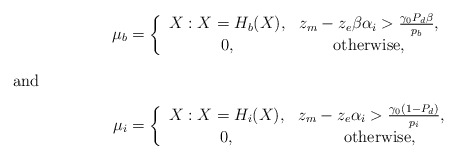
\begin{align*}\mu_b&=\left\{\begin{array}{ccc}X:X=H_b(X),&z_{m}-z_{e}\beta\alpha_{i}>\frac{\gamma_{0}P_{d}\beta}{p_{b}},\\0,&\hbox{otherwise,}\end{array}\right.\\\intertext{and}\mu_i&=\left\{\begin{array}{ccc}X:X=H_i(X),&z_{m}-z_{e}\alpha_{i}>\frac{\gamma_0(1-P_{d})}{p_{i}},\\ 0,&\quad\hbox{otherwise,}\end{array}\right.\end{align*}